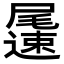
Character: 𨘘